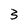
Character: 3